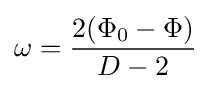
\omega ={\frac {2(\Phi _{0}-\Phi )}{D-2}}